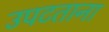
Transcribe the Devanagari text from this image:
उपटताना